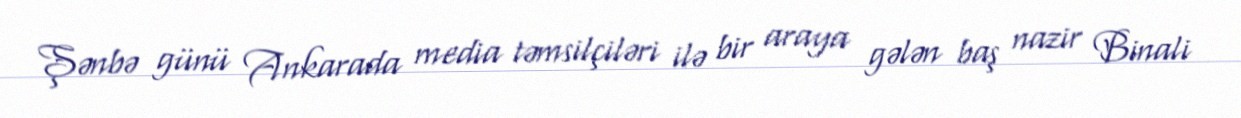
Şənbə günü Ankarada media təmsilçiləri ilə bir araya gələn baş nazir Binali